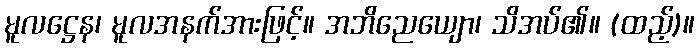
မူလဋ္ဌေန၊ မူလအနက်အားဖြင့်။ အဘိညေယျော၊ သိအပ်၏။ (ထည့်)။